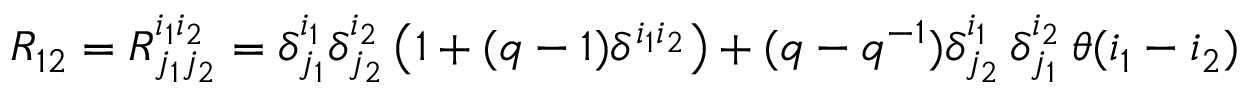
R _ { 1 2 } = R _ { j _ { 1 } j _ { 2 } } ^ { i _ { 1 } i _ { 2 } } = \delta _ { j _ { 1 } } ^ { i _ { 1 } } \delta _ { j _ { 2 } } ^ { i _ { 2 } } \left( 1 + ( q - 1 ) \delta ^ { i _ { 1 } i _ { 2 } } \right) + ( q - q ^ { - 1 } ) \delta _ { j _ { 2 } } ^ { i _ { 1 } } \, \delta _ { j _ { 1 } } ^ { i _ { 2 } } \, \theta ( i _ { 1 } - i _ { 2 } )